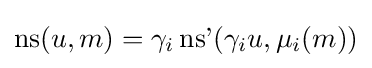
\operatorname {ns} (u,m)=\gamma _{i}\operatorname {ns'} (\gamma _{i}u,\mu _{i}(m))